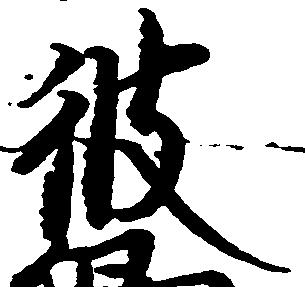
彼